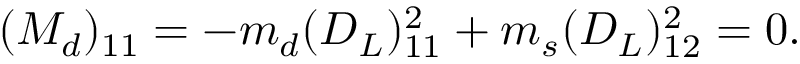
( M _ { d } ) _ { 1 1 } = - m _ { d } ( D _ { L } ) _ { 1 1 } ^ { 2 } + m _ { s } ( D _ { L } ) _ { 1 2 } ^ { 2 } = 0 .